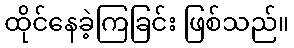
ထိုင်နေခဲ့ကြခြင်း ဖြစ်သည်။